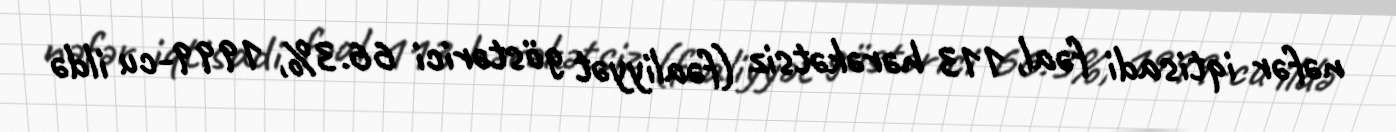
nəfər iqtisadi fəal, 113 hərəkətsiz (fəaliyyət göstərici 66.3%, 1999-cu ildə